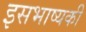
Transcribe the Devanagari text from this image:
इसभाष्यकी